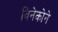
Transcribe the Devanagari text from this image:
विनेकोने